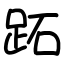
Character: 跖